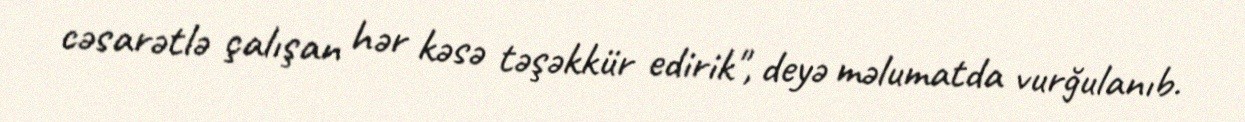
cəsarətlə çalışan hər kəsə təşəkkür edirik", deyə məlumatda vurğulanıb.